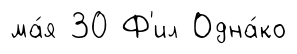
ма́я 30 Ф'ил Одна́ко